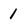
Character: 1